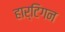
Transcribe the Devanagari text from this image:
हार्टिगन